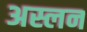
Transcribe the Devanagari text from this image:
अस्लन